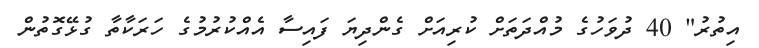
އިތުރު" 40 ދުވަހުގެ މުއްދަތަށް ކުރިއަށް ގެންދިޔަ ފައިސާ އެއްކުރުމުގެ ހަރަކާތާ ގުޅޭގޮތުން